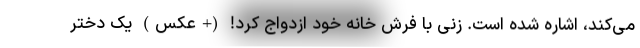
می‌کند، اشاره شده است. زنی با فرش خانه خود ازدواج کرد! (+عکس) یک دختر